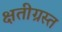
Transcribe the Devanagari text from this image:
क्षतीग्रस्त